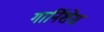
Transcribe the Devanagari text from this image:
गार्निशेस